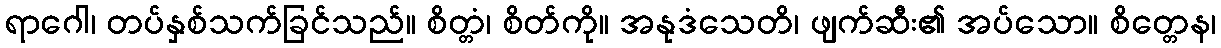
ရာဂေါ၊ တပ်နှစ်သက်ခြင်သည်။ စိတ္တံ၊ စိတ်ကို။ အနုဒံသေတိ၊ ဖျက်ဆီး၏ အပ်သော။ စိတ္တေန၊